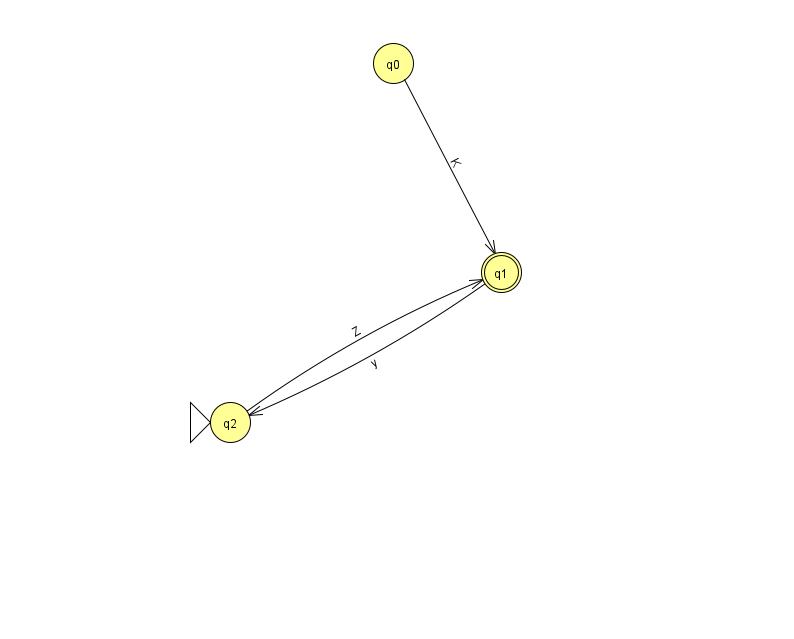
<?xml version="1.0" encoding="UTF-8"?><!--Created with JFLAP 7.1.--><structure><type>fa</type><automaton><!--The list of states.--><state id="0" name="q0"><x>393.0</x><y>50.0</y></state><state id="1" name="q1"><x>501.0</x><y>259.0</y><final/></state><state id="2" name="q2"><x>230.0</x><y>409.0</y><initial/></state><!--The list of transitions.--><transition><from>2</from><to>1</to><read>Z</read></transition><transition><from>1</from><to>2</to><read>y</read></transition><transition><from>0</from><to>1</to><read>K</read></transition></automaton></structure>